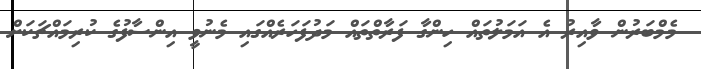
މެމްބަރުން ވާއިރު އެ އަމަލުތައް ހިންގާ ފަރާތްތައް މަދުފަހަރެއްގައި މެނުވީ އިންސާފުގެ ކުރިމައްޗަކަށް